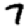
Digit: 7